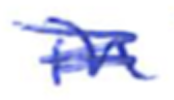
Text: in
Cross-out: scratch
Writing tool: ballpoint